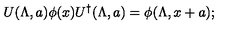
U ( \Lambda , a ) \phi ( x ) U ^ { \dagger } ( \Lambda , a ) = \phi ( \Lambda , x + a ) ;